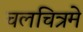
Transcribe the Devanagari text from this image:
चलचित्रमे